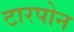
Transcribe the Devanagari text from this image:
टारपोन